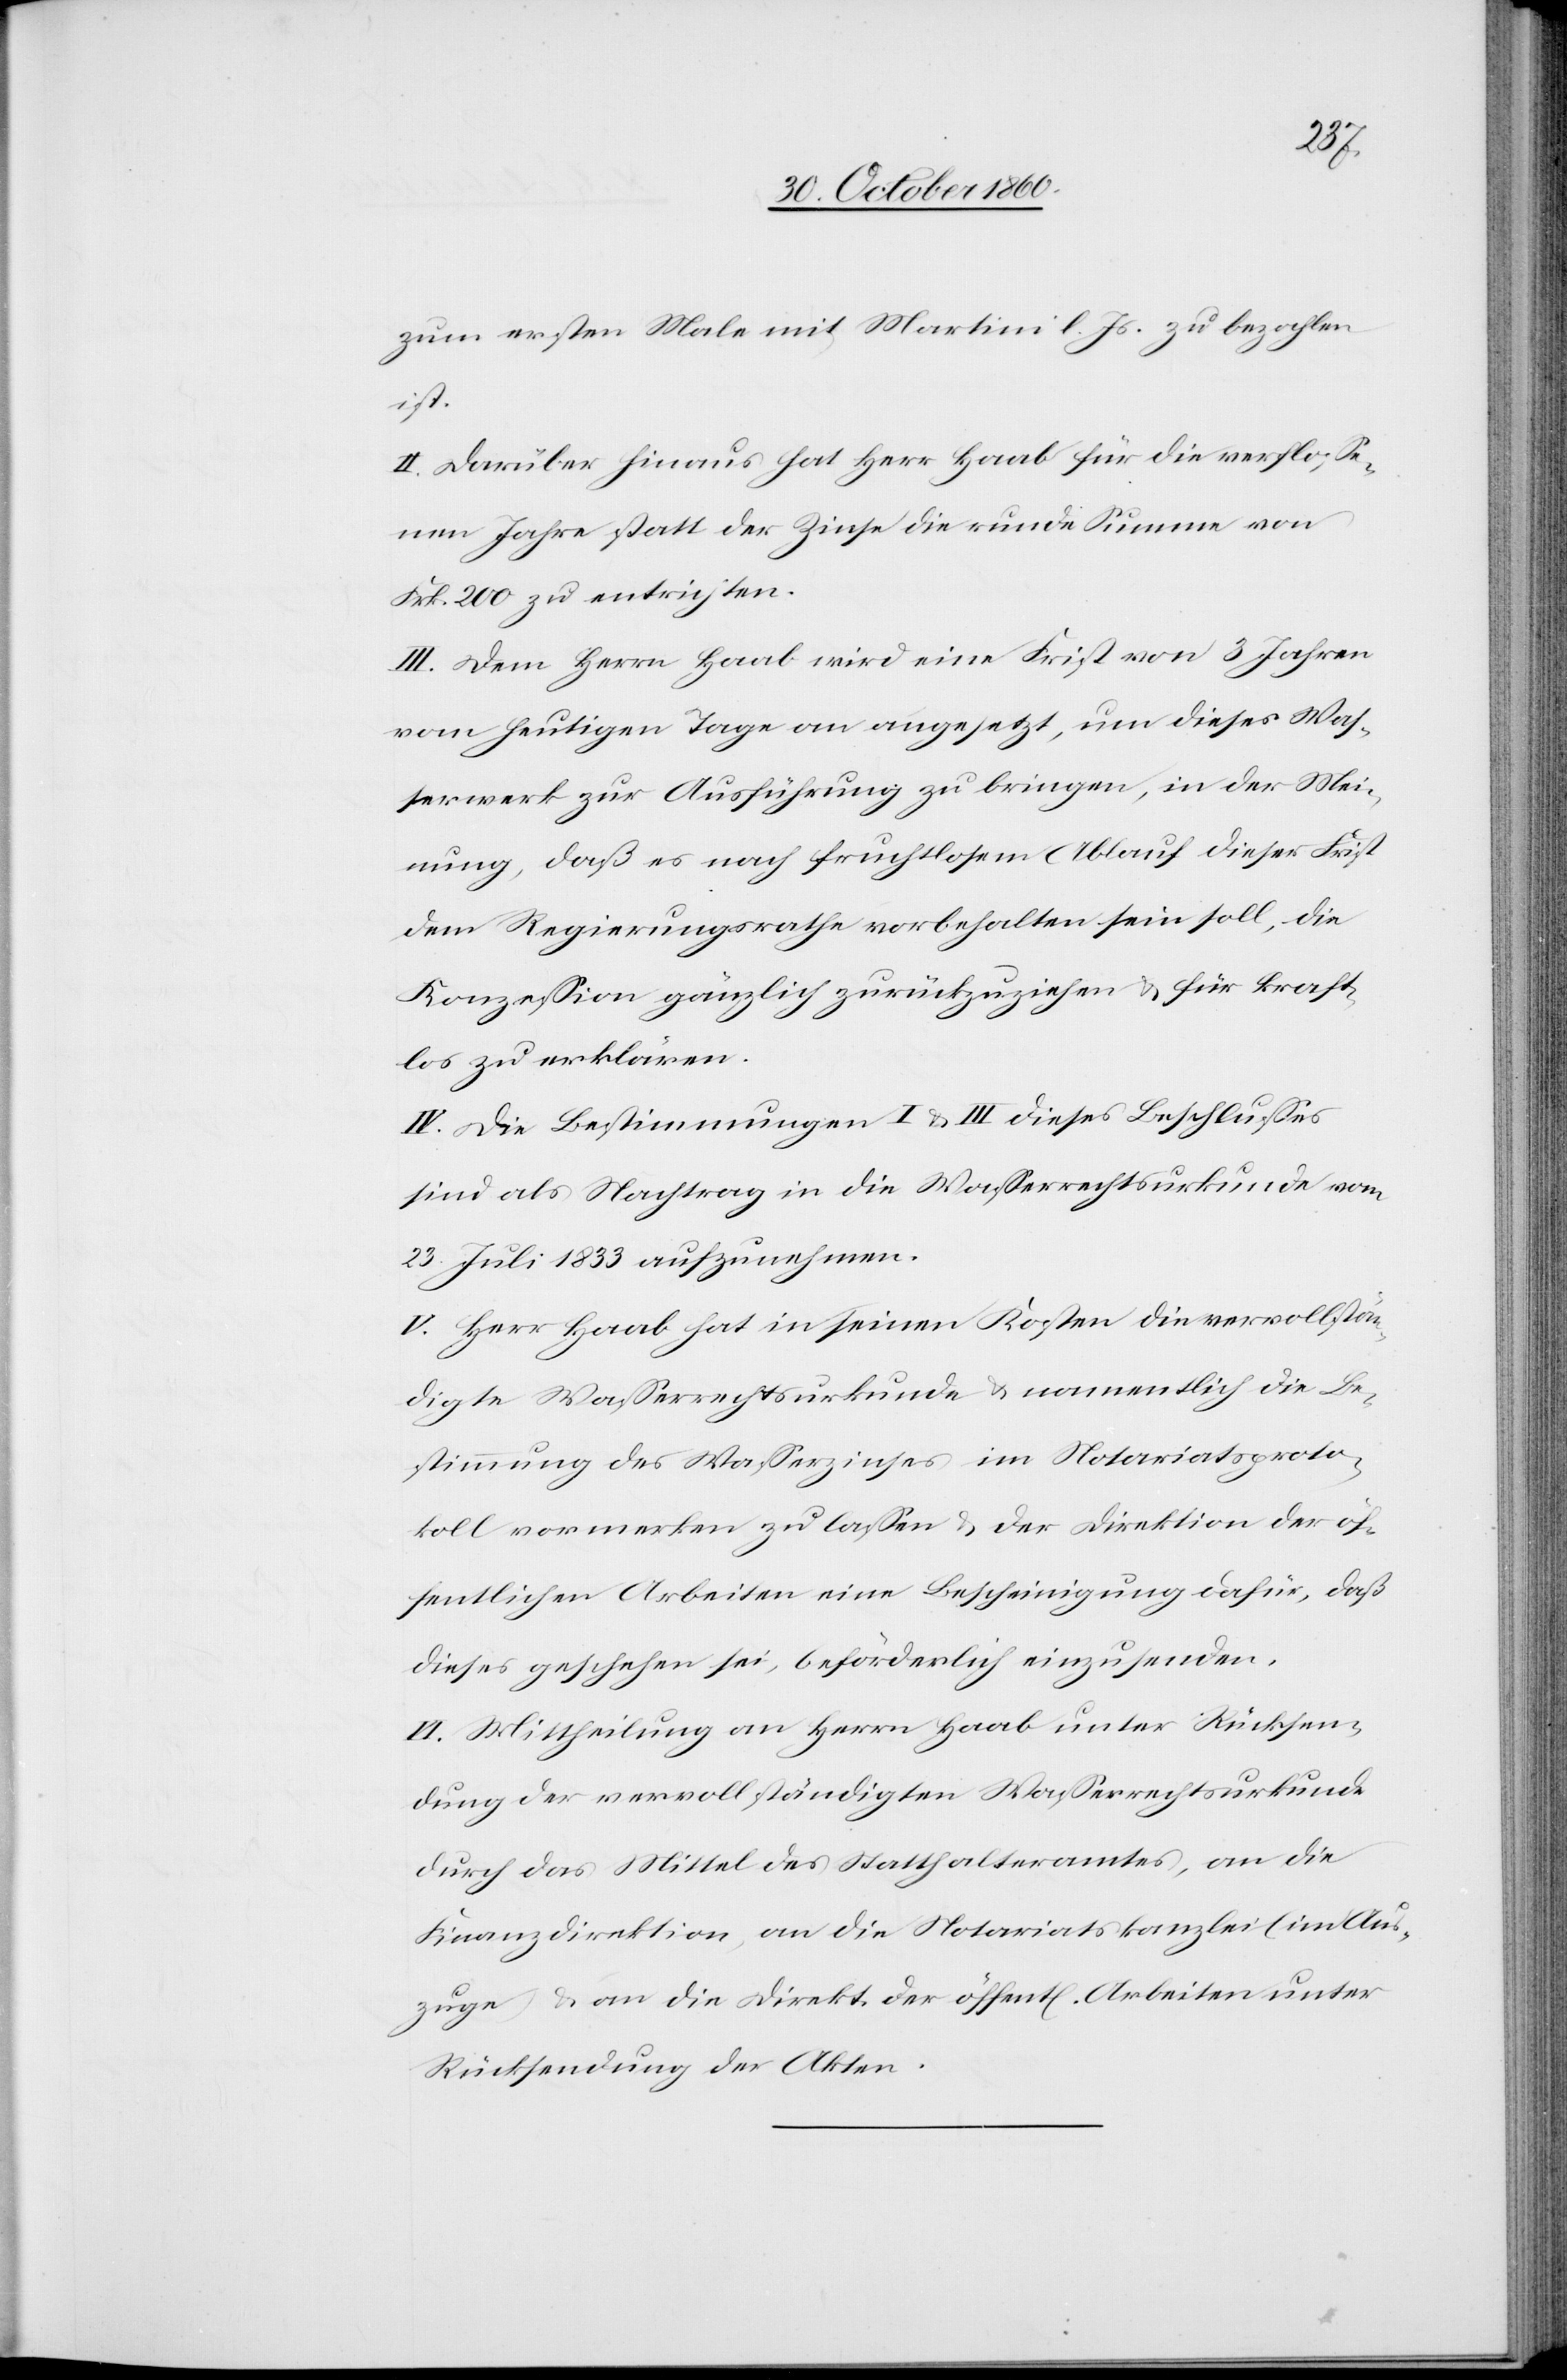
zum ersten Male mit Martini l. Js. zu bezahlen
ist.
II. Darüber hinaus hat Herr Haab für die verfloße¬
nen Jahre statt der Zinse die runde Summe von
Frk. 200 zu entrichten.
III. Dem Herrn Haab wird eine Frist von 3 Jahren
vom heutigen Tage an angesetzt, um dieses Was¬
serwerk zur Ausführung zu bringen, in der Mei¬
nung, daß es nach fruchtlosem Ablauf dieser Frist
dem Regierungsrathe vorbehalten sein soll, die
Konzession gänzlich zurückzuziehen u. für kraft¬
los zu erklären.
IV. Die Bestimmungen I u. II dieses Beschlusses
sind als Nachtrag in die Wasserrechtsurkunde vom
23. Juli 1833 aufzunehmen.
V. Herr Haab hat in seinen Kosten die vervollstän¬
digte Wasserrechtsurkunde u. namentlich die Be¬
stimmung des Wasserzinses im Notariatsproto¬
koll vormerken zu lassen u. der Direktion der öf¬
fentlichen Arbeiten eine Bescheinigung dafür, daß
dieses geschehen sei, beförderlich einzusenden.
VI. Mittheilung an Herrn Haab unter Rücksen¬
dung der vervollständigten Wasserrechtsurkunde
durch das Mittel des Statthalteramtes, an die
Finanzdirektion, an die Notariatskanzlei (im Aus¬
zuge) u. an die Direkt. der öffent[lichen] Arbeiten unter
Rücksendung der Akten.